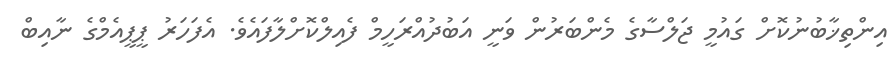
އިންތިޚާބުނުކޮށް ގައުމީ ޖަލްސާގެ މެންބަރުން ވަނީ އަބުދުއްރަހީމް ފެއިލްކޮށްލާފައެވެ. އެފަހަރު ޕީޕީއެމްގެ ނާއިބް